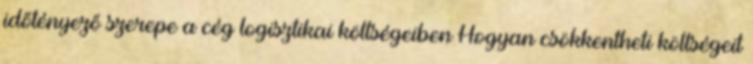
időtényező szerepe a cég logisztikai költségeiben Hogyan csökkentheti költségeit